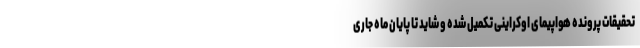
تحقیقات پرونده هواپیمای اوکراینی تکمیل شده و شاید تا پایان ماه جاری